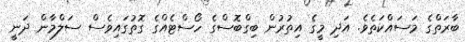
ބާރަތްގެ މަސައްކަތެވެ. އަދި މީގެ އިތުރުން ބިގްބޮސްގެ ހޯސްޓެއްގެ ގޮތުގައިވެސް ސަލްމާން ދަނީ